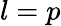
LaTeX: l=p